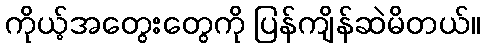
ကိုယ့်အတွေးတွေကို ပြန်ကျိန်ဆဲမိတယ်။